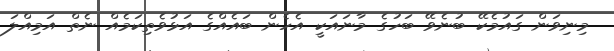
މިނިވަން ގައުމެކޭ ބުނެވޭ ބަހުގެ މާނައަކީ އެހެން ބައެއްގެ އަޅުވެތިކަމެއް ނެތް އަމިއްލަ